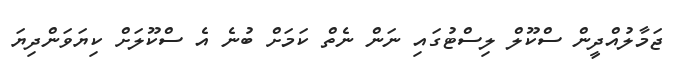
ޖަމާލުއްދީން ސްކޫލް ލިސްޓުގައި ނަން ނެތް ކަމަށް ބުނެ އެ ސްކޫލަށް ކިޔަވަންދިޔަ